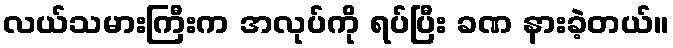
လယ်သမားကြီးက အလုပ်ကို ရပ်ပြီး ခဏ နားခဲ့တယ်။